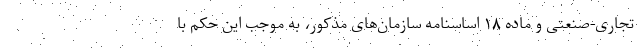
تجاری-صنعتی و ماده ۱۸ اساسنامه سازمان‌های مذکور، به موجب این حکم با